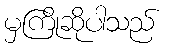
မှကြိုဆိုပါသည်